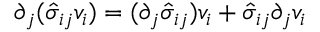
\partial _ { j } ( \hat { \sigma } _ { i j } v _ { i } ) = ( \partial _ { j } \hat { \sigma } _ { i j } ) v _ { i } + \hat { \sigma } _ { i j } \partial _ { j } v _ { i }